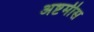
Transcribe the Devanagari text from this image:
अष्टमीस